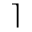
\rceil